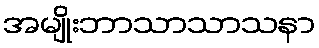
အမျိုးဘာသာသာသနာ